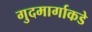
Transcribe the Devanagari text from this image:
गुदमार्गाकडे